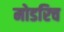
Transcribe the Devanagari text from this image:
मोडरिच